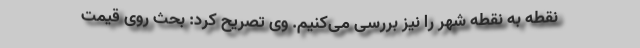
نقطه به نقطه شهر را نیز بررسی می‌کنیم. وی تصریح کرد: بحث روی قیمت